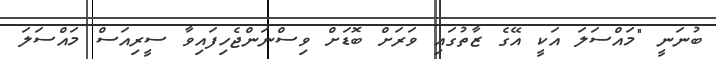
ބުނަނީ "މައްސަލަ އަކީ އޭގެ ޒާތުގައި ވަރަށް ބޮޑަށް ވިސްނަންޖެހިފައިވާ ސީރިއަސް މައްސަލަ